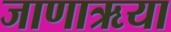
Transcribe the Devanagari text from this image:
जाणाऋया